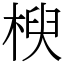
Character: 楰